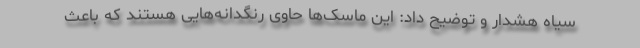
سیاه هشدار و توضیح داد: این ماسک‌ها حاوی رنگدانه‌هایی هستند که باعث